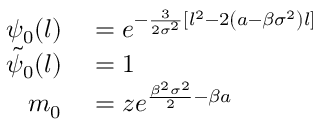
\begin{array} { r l } { \psi _ { 0 } ( l ) } & { { } = e ^ { - \frac { 3 } { 2 \sigma ^ { 2 } } [ l ^ { 2 } - 2 \left( a - \beta \sigma ^ { 2 } \right) l ] } } \\ { \tilde { \psi } _ { 0 } ( l ) } & { { } = 1 } \\ { m _ { 0 } } & { { } = z e ^ { \frac { \beta ^ { 2 } \sigma ^ { 2 } } { 2 } - \beta a } } \end{array}